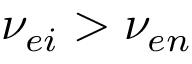
\nu _ { e i } > \nu _ { e n }